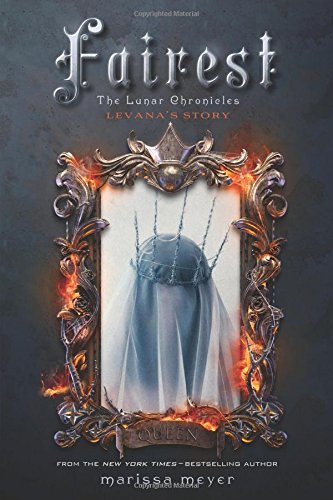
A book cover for Fairest: The Lunar Chronicles: Levana's Story; Marissa Meyer; Teen & Young Adult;